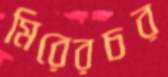
মিরেরচর